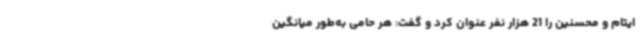
ایتام و محسنین را 21 هزار نفر عنوان کرد و گفت: هر حامی به‌طور میانگین